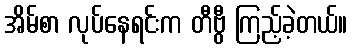
အိမ်စာ လုပ်နေရင်းက တီဗွီ ကြည့်ခဲ့တယ်။